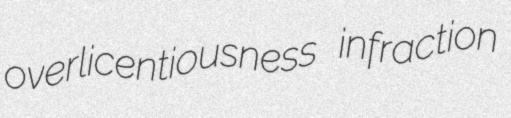
overlicentiousness infraction